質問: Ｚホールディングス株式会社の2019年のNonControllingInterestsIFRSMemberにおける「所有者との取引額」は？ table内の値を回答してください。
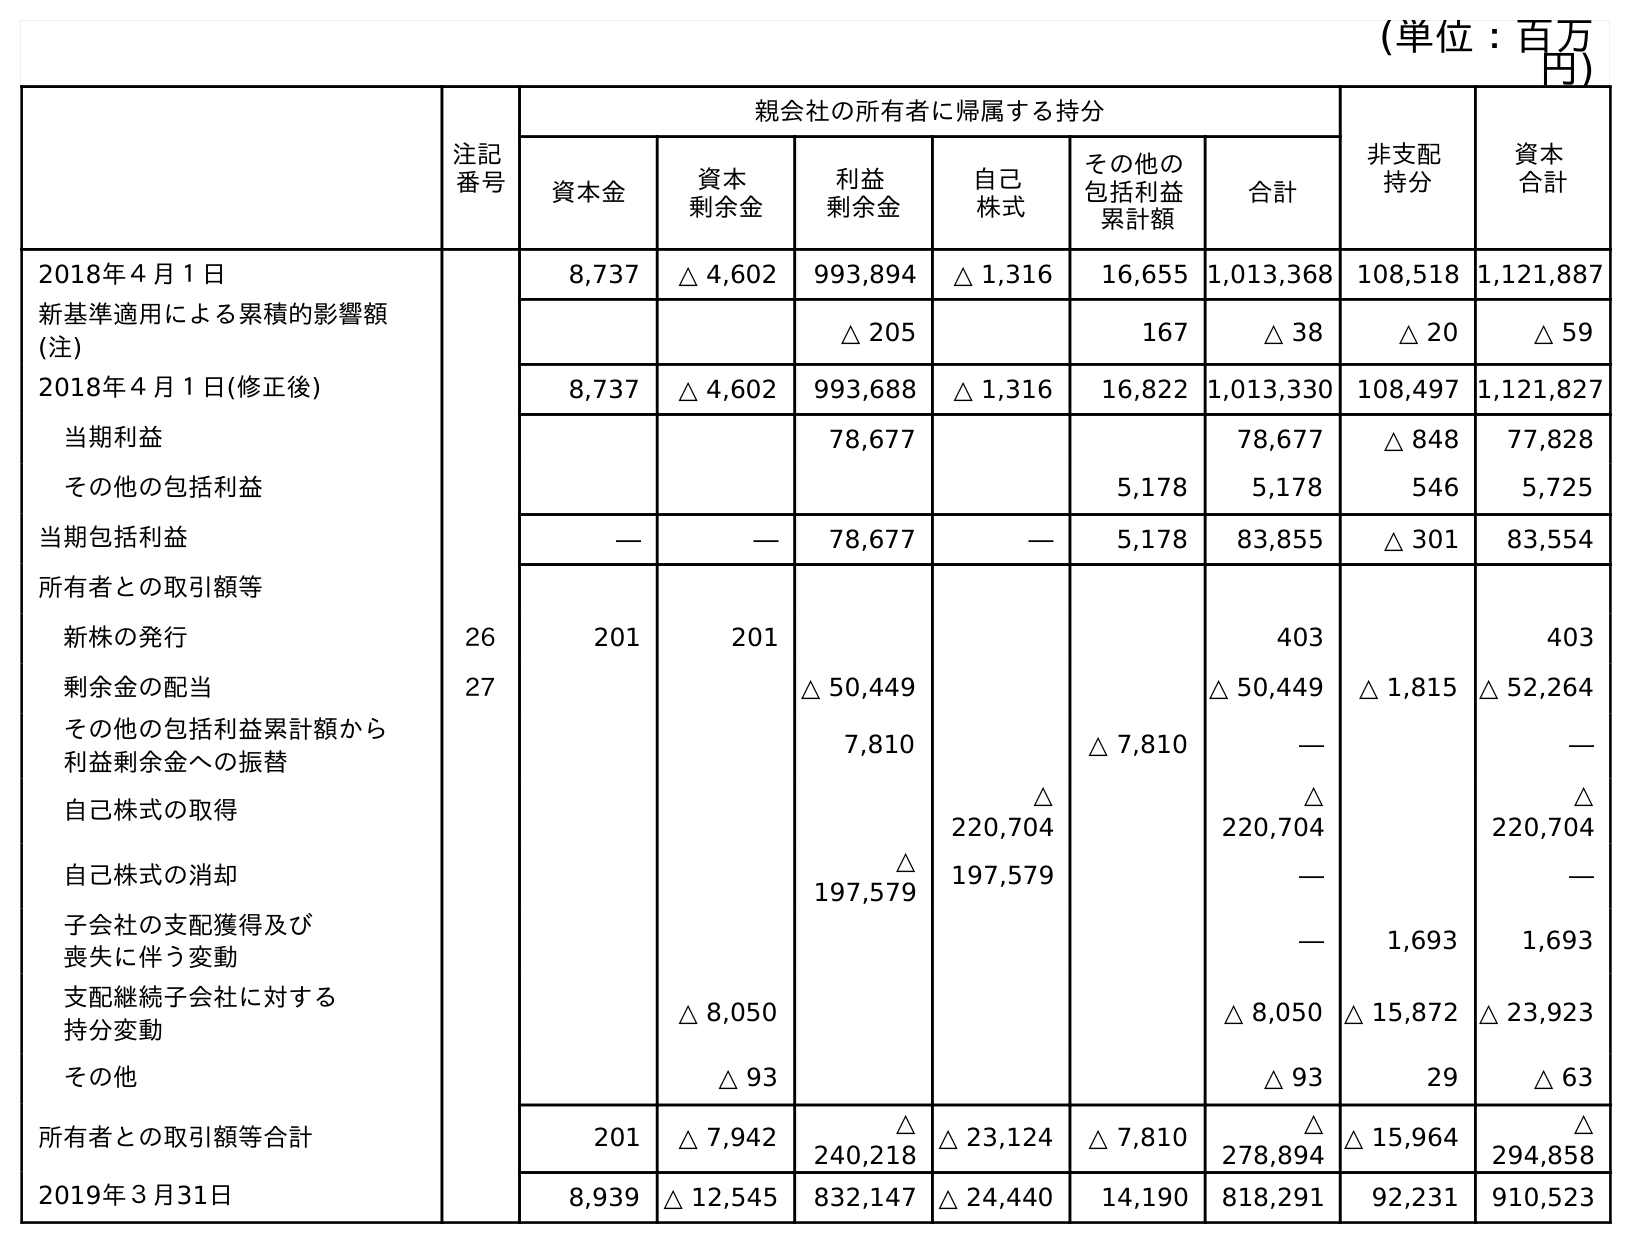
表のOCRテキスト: (単位：百万 円) 注記 番号 親会社の所有者に帰属する持分 非支配 持分 資本 合計 資本金 資本 剰余金 利益 剰余金 自己 株式 その他の 包括利益 累計額 合計 2018年４月１日 8,737 △ 4,602 993,894 △ 1,316 16,655 1,013,368 108,518 1,121,887 新基準適用による累積的影響額 (注) △ 205 167 △ 38 △ 20 △ 59 2018年４月１日(修正後) 8,737 △ 4,602 993,688 △ 1,316 16,822 1,013,330 108,497 1,121,827 当期利益 78,677 78,677 △ 848 77,828 その他の包括利益 5,178 5,178 546 5,725 当期包括利益 ― ― 78,677 ― 5,178 83,855 △ 301 83,554 所有者との取引額等 新株の発行 26 201 201 403 403 剰余金の配当 27 △ 50,449 △ 50,449 △ 1,815 △ 52,264 その他の包括利益累計額から 利益剰余金への振替 7,810 △ 7,810 ― ― 自己株式の取得 △ 220,704 △ 220,704 △ 220,704 自己株式の消却 △ 197,579 197,579 ― ― 子会社の支配獲得及び 喪失に伴う変動 ― 1,693 1,693 支配継続子会社に対する 持分変動 △ 8,050 △ 8,050 △ 15,872 △ 23,923 その他 △ 93 △ 93 29 △ 63 所有者との取引額等合計 201 △ 7,942 △ 240,218 △ 23,124 △ 7,810 △ 278,894 △ 15,964 △ 294,858 2019年３月31日 8,939 △ 12,545 832,147 △ 24,440 14,190 818,291 92,231 910,523
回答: △15,964